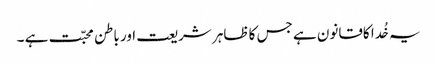
یہ خُدا کاقانون ہے جس کا ظاہر شریعت اور باطن محبّت ہے ۔